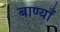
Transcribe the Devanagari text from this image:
बाण्याँ